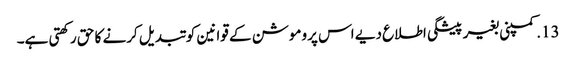
13. کمپنی بغیر پیشگی اطلاع دیے اس پروموشن کے قوانین کو تبدیل کرنے کا حق رکھتی ہے۔